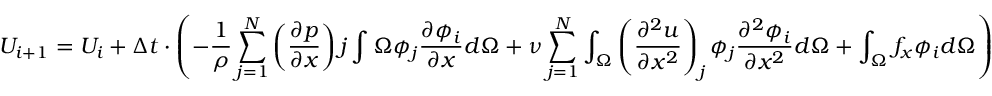
U _ { i + 1 } = U _ { i } + \Delta t \cdot \left( - { \frac { 1 } { \rho } } \sum _ { j = 1 } ^ { N } \left( { \frac { \partial p } { \partial x } } \right) j \int { \Omega } \phi _ { j } { \frac { \partial \phi _ { i } } { \partial x } } d \Omega + \nu \sum _ { j = 1 } ^ { N } \int _ { \Omega } \left( { \frac { \partial ^ { 2 } u } { \partial x ^ { 2 } } } \right) _ { j } \phi _ { j } { \frac { \partial ^ { 2 } \phi _ { i } } { \partial x ^ { 2 } } } d \Omega + \int _ { \Omega } f _ { x } \phi _ { i } d \Omega \right)